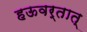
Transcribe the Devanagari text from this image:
हऊवर्तात्